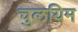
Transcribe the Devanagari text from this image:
चुलयिम